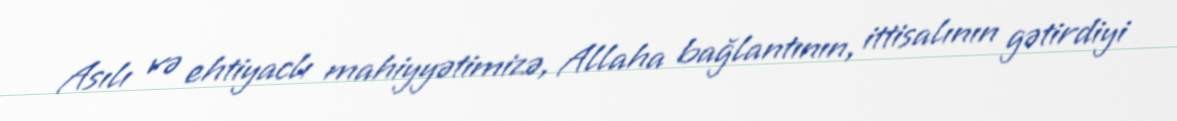
Asılı və ehtiyaclı mahiyyətimizə, Allaha bağlantının, ittisalının gətirdiyi